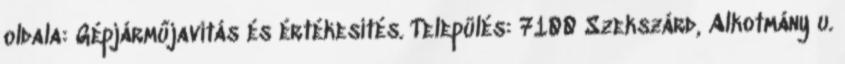
oldala: Gépjárműjavítás és értékesítés. Település: 7100 Szekszárd, Alkotmány u.